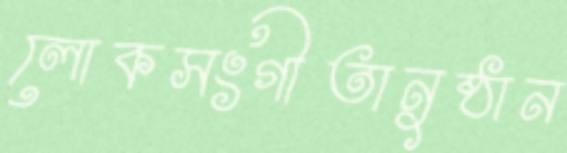
লোকসংগীতানুষ্ঠান